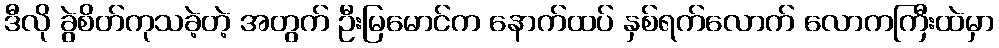
ဒီလို ခွဲစိတ်ကုသခဲ့တဲ့ အတွက် ဦးမြမောင်က နောက်ထပ် နှစ်ရက်လောက် လောကကြီးထဲမှာ